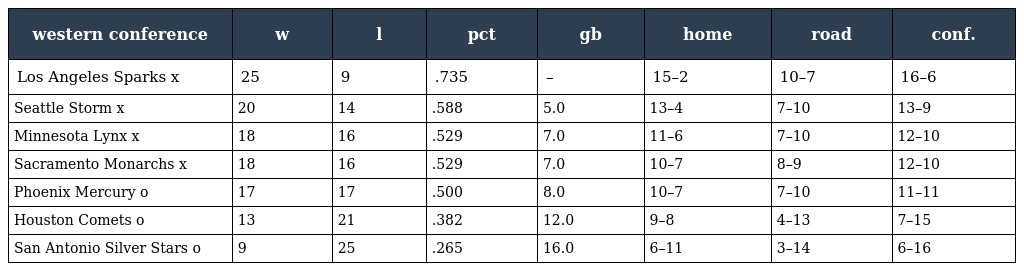
| western conference | w | l | pct | gb | home | road | conf. |
 | --- | --- | --- | --- | --- | --- | --- | --- |
 | Los Angeles Sparks x | 25 | 9 | .735 | – | 15–2 | 10–7 | 16–6 |
 | Seattle Storm x | 20 | 14 | .588 | 5.0 | 13–4 | 7–10 | 13–9 |
 | Minnesota Lynx x | 18 | 16 | .529 | 7.0 | 11–6 | 7–10 | 12–10 |
 | Sacramento Monarchs x | 18 | 16 | .529 | 7.0 | 10–7 | 8–9 | 12–10 |
 | Phoenix Mercury o | 17 | 17 | .500 | 8.0 | 10–7 | 7–10 | 11–11 |
 | Houston Comets o | 13 | 21 | .382 | 12.0 | 9–8 | 4–13 | 7–15 |
 | San Antonio Silver Stars o | 9 | 25 | .265 | 16.0 | 6–11 | 3–14 | 6–16 |